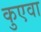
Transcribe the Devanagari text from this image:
कुएवा